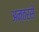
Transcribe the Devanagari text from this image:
अन्तरसे